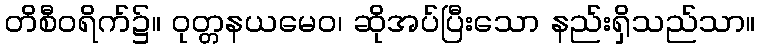
တိစီဝရိက်၌။ ဝုတ္တနယမေဝ၊ ဆိုအပ်ပြီးသော နည်းရှိသည်သာ။